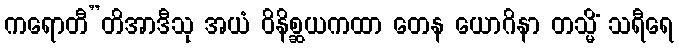
ကရောတီ”တိအာဒီသု အယံ ဝိနိစ္ဆယကထာ တေန ယောဂိနာ တသ္မိံ သရီရေ